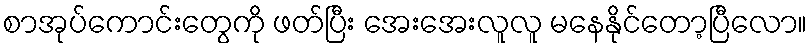
စာအုပ်ကောင်းတွေကို ဖတ်ပြီး အေးအေးလူလူ မနေနိုင်တော့ပြီလော။